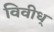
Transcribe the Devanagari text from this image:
विवीध्